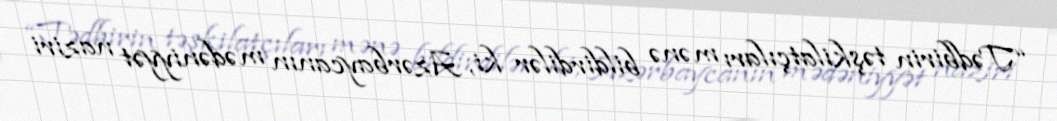
“Tədbirin təşkilatçıları mənə bildirdilər ki, Azərbaycanın mədəniyyət naziri